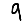
Digit: 9